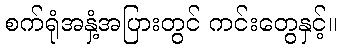
စက်ရုံအနှံ့အပြားတွင် ကင်းတွေနှင့်။